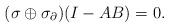
LaTeX: \begin{align*}(\sigma \oplus \sigma_{\partial})(I - AB) = 0.\end{align*}